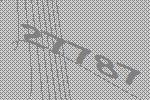
27787